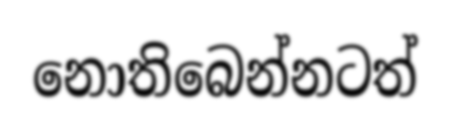
නොතිබෙන්නටත්